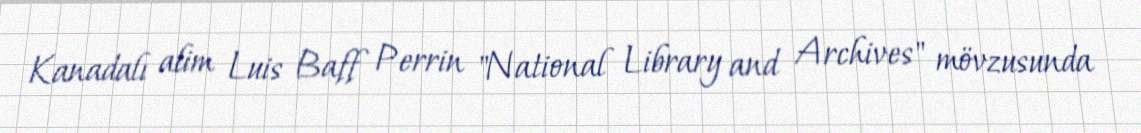
Kanadalı alim Luis Baff Perrin "National Library and Archives" mövzusunda